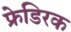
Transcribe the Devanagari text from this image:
फ्रेडिरक